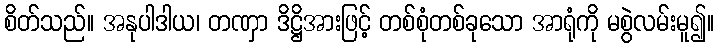
စိတ်သည်။ အနုပါဒါယ၊ တဏှာ ဒိဋ္ဌိအားဖြင့် တစ်စုံတစ်ခုသော အာရုံကို မစွဲလမ်းမူ၍။